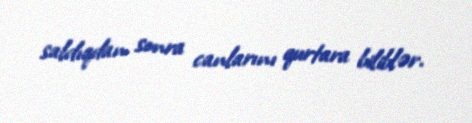
saldıqdan sonra canlarını qurtara biliblər.